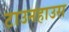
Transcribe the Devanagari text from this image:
टाउनहाउस